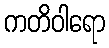
ကတိဝါရော